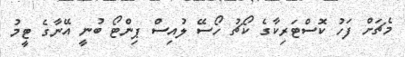
މެޗަށް ފަހު ކޮސްޓަރިކާގެ ކޯޗު ހޯސޭ ލުއިސް ޕިންޓޯ ބުނީ އޭނާގެ ޓީމު